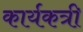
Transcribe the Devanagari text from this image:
कार्यकत्री